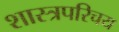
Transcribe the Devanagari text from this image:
शास्त्रपरिचय